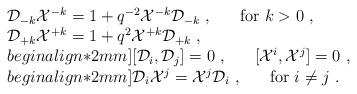
LaTeX: \begin{align*}\begin{array}{l}{\cal D}_{-k}{\cal X}^{-k}=1+q^{-2}{\cal X}^{-k}{\cal D}_{-k}~,~~~~~{\rm for}~k>0~,\\{\cal D}_{+k}{\cal X}^{+k}=1+q^{2}{\cal X}^{+k}{\cal D}_{+k}~,\\begin{align*}2mm][{\cal D}_i,{\cal D}_j]=0~,~~~~~[{\cal X}^i,{\cal X}^j]=0~,\\begin{align*}2mm]{\cal D}_i{\cal X}^j={\cal X}^j{\cal D}_i~,~~~~~{\rm for}~ i\not=j~.\end{array}\end{align*}